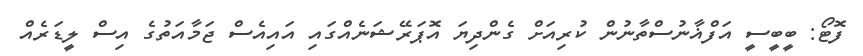
ފޮޓޯ: ބީބީސީ އަފްޣާނުސްތާނުން ކުރިއަށް ގެންދިޔަ އޮޕަރޭޝަނެއްގައި އައިއެސް ޖަމާއަތުގެ އިސް ލީޑަރެއް